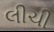
લીચી